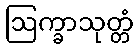
ဩက္ခာသုတ္တံ